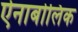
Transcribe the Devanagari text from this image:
ऐनाबोलिक